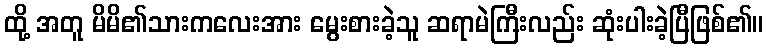
ထို့ အတူ မိမိ၏သားကလေးအား မွေးစားခဲ့သူ ဆရာမဲကြီးလည်း ဆုံးပါးခဲ့ပြီဖြစ်၏။